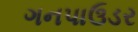
ગનપાઉડર